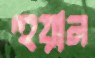
হুয়ান